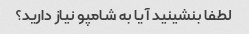
لطفا بنشینید آیا به شامپو نیاز دارید؟